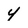
Character: 4